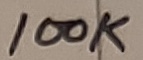
Text: 100K